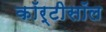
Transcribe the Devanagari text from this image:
कॉर्टीसॉल